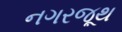
નગરજૂથ